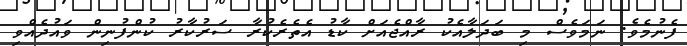
ފެނުމެވެ. ނަމަވެސް މި ބަދަލާއެކު ރާއްޖެއަށް ކާޑު އެތެރެކުރާ ސަރުކާރު ކުންފުނިން ވައުދެއްވި